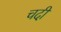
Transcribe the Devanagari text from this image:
चदी